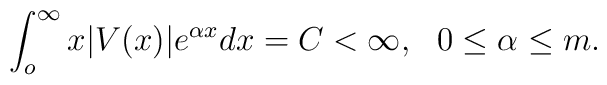
\int_{o}^{\infty}x|V(x)|e^{\alpha x}dx=C<\infty, ~~0\leq\alpha\leq m.